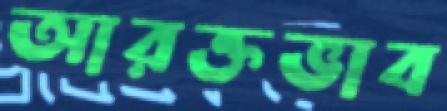
আরক্তভাব